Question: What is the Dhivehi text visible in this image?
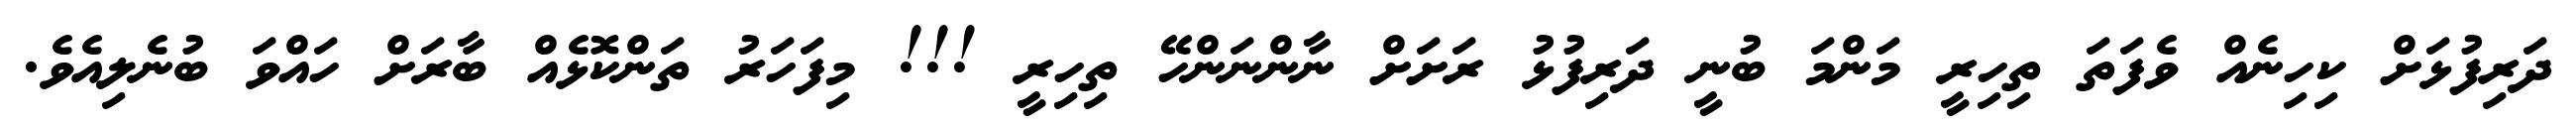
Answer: ދަރިފުޅަށް ކިހިނެއް ވެފަތަ ތިހިރީ މަންމަ ބުނީ ދަރިފުޅު ރަށަށް ނާންނަންހޭ ތިހިރީ !!! މިފަހަރު ތަންކޮޅެއް ބާރަށް ހައްވަ ބުނެލިއެވެ.